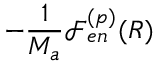
- \frac { 1 } { M _ { a } } \mathcal { F } _ { e n } ^ { ( p ) } ( R )